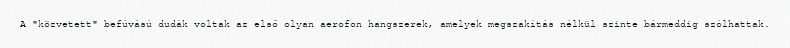
A "közvetett" befúvású dudák voltak az első olyan aerofon hangszerek, amelyek megszakítás nélkül szinte bármeddig szólhattak.